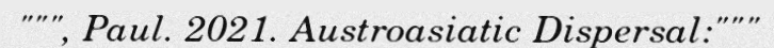
""", Paul. 2021. Austroasiatic Dispersal:"""